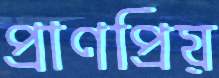
প্রাণপ্রিয়